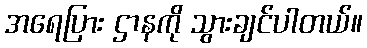
အရေပြား ဌာနကို သွားချင်ပါတယ်။